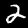
Digit: 2